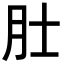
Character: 𬚯